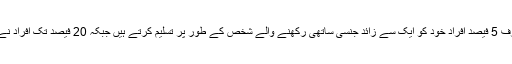
2017 میں جرنل آف سیکس اینڈ میریٹل تھراپی میں شائع ہونے والی تحقیق کے مطابق امریکہ میں صرف 5 فیصد افراد خود کو ایک سے زائد جنسی ساتھی رکھنے والے شخص کے طور پر تسلیم کرتے ہیں جبکہ 20 فیصد تک افراد نے زندگی میں کبھی اپنی مرضی کے ساتھ ایک سے زائد افراد سے جنسی تعلق بنانے کی کوشش کی ہے۔